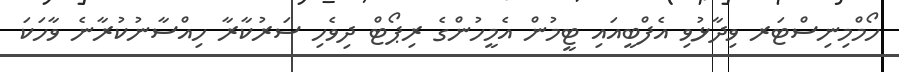
ހޯމްމިނިސްޓަރ ވިދާޅުވި އެފްބީއައި ޓީމުން އެމީހުންގެ ރިޕޯޓް ދިވެހި ސަރުކާރާ ހިއްސާނުކުރާނެ ވާހަކަ